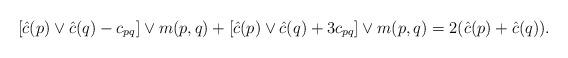
LaTeX: \begin{align*}[\hat c(p)\vee \hat c(q)-c_{pq}]\vee m(p,q)+[\hat c(p)\vee \hat c(q)+3c_{pq}]\vee m(p,q)=2(\hat c(p)+\hat c(q)).\end{align*}